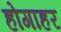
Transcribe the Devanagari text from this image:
होगाहर